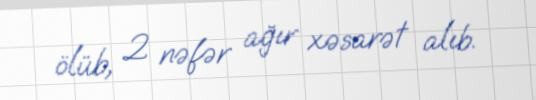
ölüb, 2 nəfər ağır xəsarət alıb.